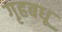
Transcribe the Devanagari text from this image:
गृहबधू